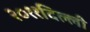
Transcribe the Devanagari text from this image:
२०११दिल्ली